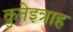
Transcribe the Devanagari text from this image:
क़ुनेइत्राह